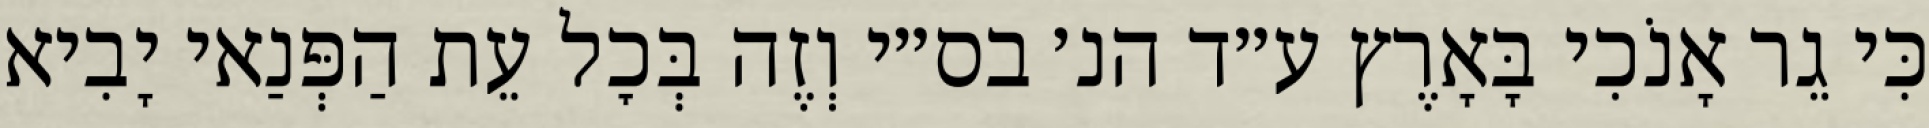
כִּי גֵר אָנֹכִי בָּאָרֶץ ע״ד הנ׳ בס״י וְזֶה בְּכׇל עֵת הַפְּנַאי יָבִיא